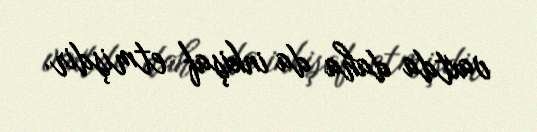
vaxtda daha da inkişaf etmişdir.